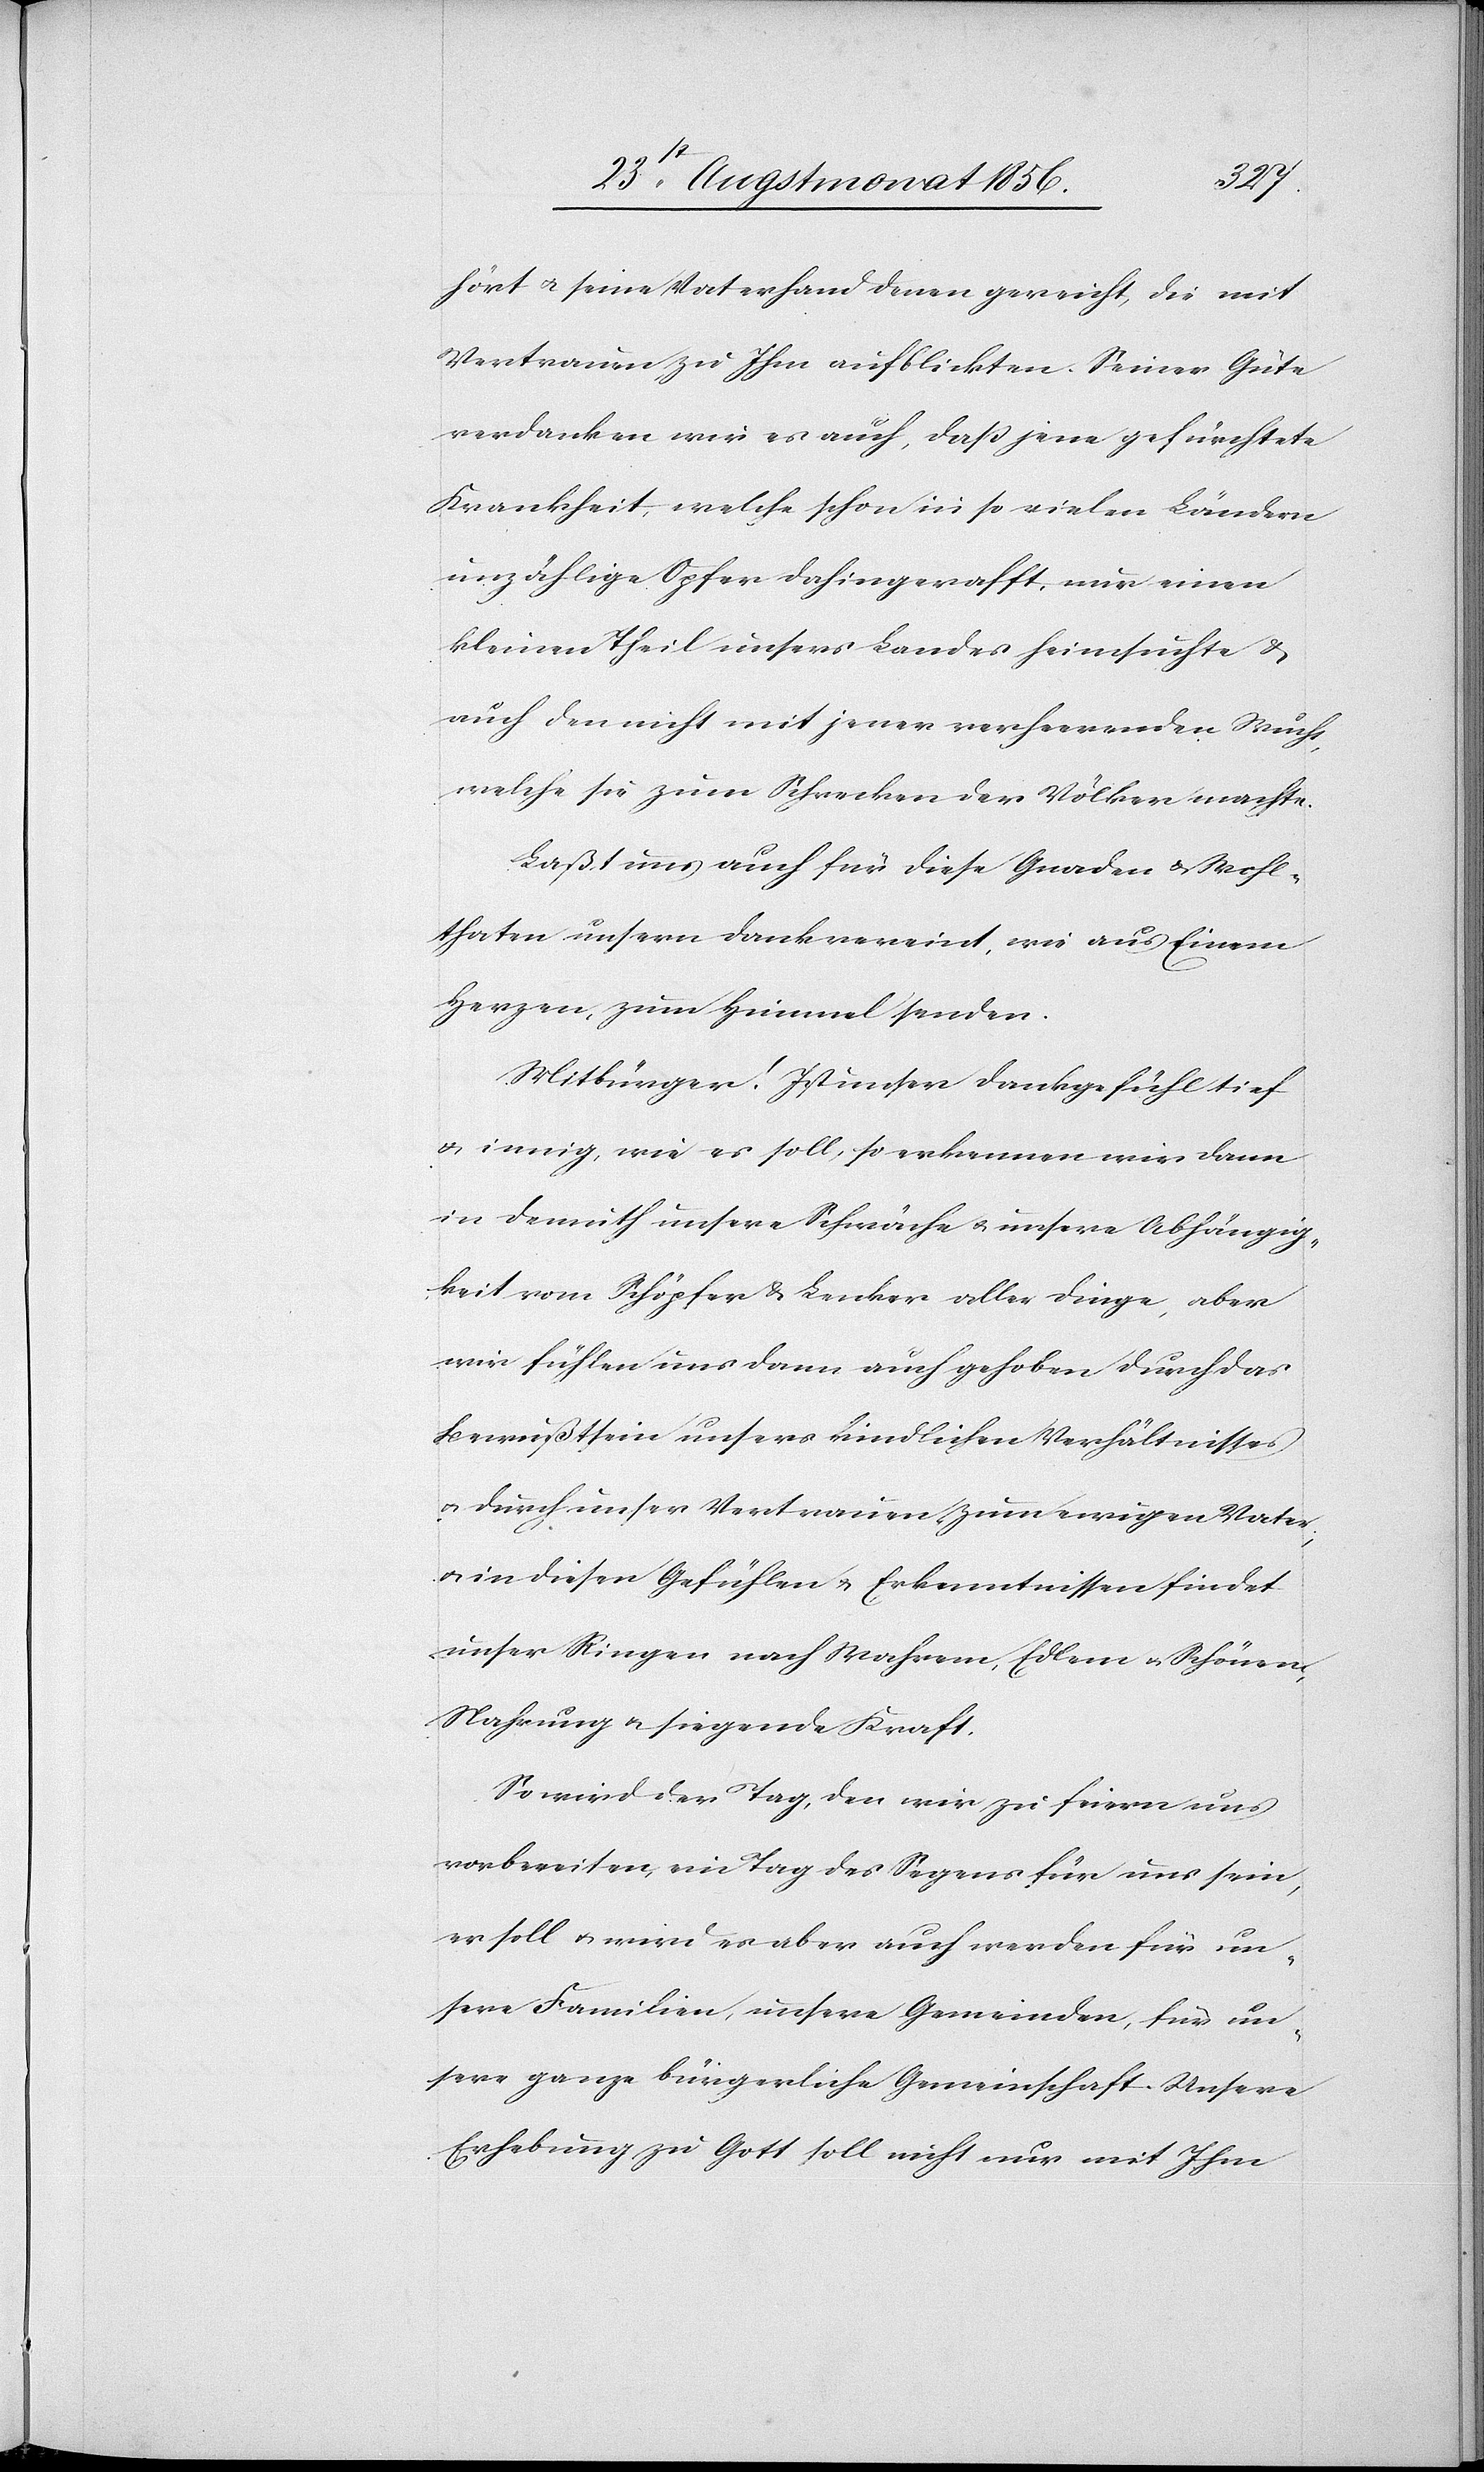
hört u. seine Vaterhand denen gereicht, die mit
Vertrauen zu Ihm aufblickten. Seiner Güte
verdanken wir es auch, dass jene gefürchtete
Krankheit, welche schon in so vielen Ländern
unzählige Opfer dahingerafft, nur einen
kleinen Theil unsers Landes heimsuchte &
auch den nicht mit jener verheerenden Wucht,
welche sie zum Schrecken der Völker machte.
Laßt uns auch für diese Gnaden & Wohl¬
thaten unsern Dank vereint, wie aus Einem
Herzen, zum Himmel senden.
Mitbürger! Ist unser Dankgefühl tief
u. innig, wie es soll, so erkennen wir dann
in Demuth unsere Schwäche u. unsere Abhängig¬
keit vom Schöpfer & Lenker aller Dinge, aber
wir fühlen uns dann auch gehoben durch das
Bewußtsein unsers kindlichen Verhältnisses
u. durch unser Vertrauen zum ewigen Vater;
u. in diesen Gefühlen u. Erkenntnissen findet
unser Ringe nach Wahrem, Edlem u. Schönem,
Nahrung u. siegende Kraft.
So wird der Tag, den wir zu feiern uns
vorbereiten, ein Tag des Segens für uns sein,
er soll u. wird es aber auch werden für un¬
sere Familien, unsere Gemeinden, für un¬
sere ganze bürgerliche Gemeinschaft. Unsere
Erhebung zu Gott soll nicht nur mit Ihm